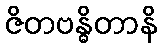
ဇိတဗန္ဓိတာနိ